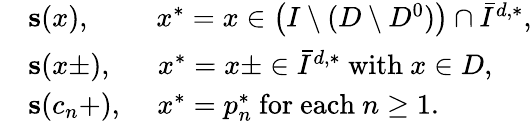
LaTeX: \begin{array}{rl}&{\mathbf{s}(x),\quad\quad\; x^{*}=x\in\left(I\setminus(D\setminus D^{0})\right)\cap\bar{I}^{d,*},}\\ &{\mathbf{s}(x\pm),\quad\; \; x^{*}=x\pm\in\bar{I}^{d,*}\mathrm{~with~}x\in D,}\\ &{\mathbf{s}(c_{n}+),\quad\, x^{*}=p_{n}^{*}\mathrm{~for~each~}n\geq 1.}\end{array}